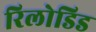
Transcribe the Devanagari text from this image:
रिलोडिड